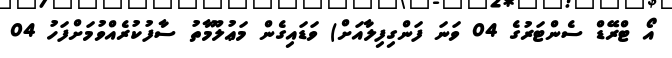
އޯ ޓްރޭޑް ސެންޓަރުގެ 04 ވަނަ ފަންގިފިލާއަށް) ވަޑައިގެން މަޢުލޫމާތު ސާފުކުރެއްވުމަށްފަހު 04